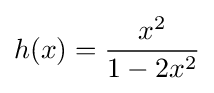
h(x)={\frac {x^{2}}{1-2x^{2}}}